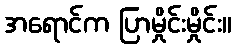
အရောင်က ပြာမှိုင်းမှိုင်း။